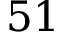
5 1